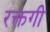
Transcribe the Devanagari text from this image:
रक्तगी